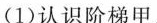
(1)认识阶梯甲。